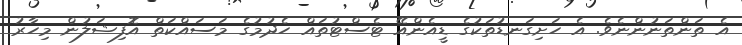
އެ ތަންތަނުންނެވެ. އެ ހަށިގަނޑުތަކުގެ ޑީއެންއޭ ޓެސްޓުތައް ހެދުމުގެ މަސައްކަތް އޮފިޝަލުން މިހާރު